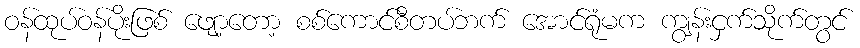
ဝန်ထုပ်ဝန်ပိုးဖြစ် ဖျော့တော့ စစ်ကောင်စီတပ်ဘက် အောင်ရုံမက ကျွန်းငှက်သိုက်တွင်